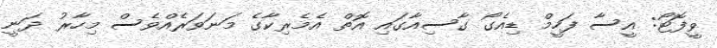
ވީފޮޓޯ: އީސާ ފަހީމް ޑިއެގޯ ގާސިއާގައި އޮތް އެމެރިކާގެ މަނަވަރެއްވެސް މިހާރު ދަނީ